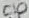
Text: C10